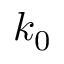
k _ { 0 }